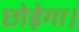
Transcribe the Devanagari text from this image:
छोड़ेगा।